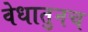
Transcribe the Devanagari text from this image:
वेधातुनच